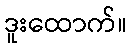
ဒူးထောက်။